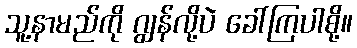
သူ့နာမည်ကို ဂျွန်လို့ပဲ ခေါ်ကြပါစို့။